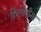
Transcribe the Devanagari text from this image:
डिप्लोनीमा